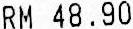
RM 48.90